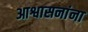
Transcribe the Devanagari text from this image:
आश्वासनांना